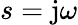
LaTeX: s=\mathrm{j}\omega